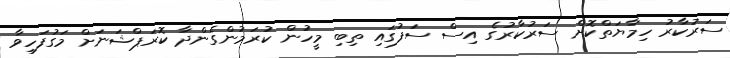
ސަރުކާރު ހިމާޔަތްކޮށް ސަރުކާރުގެ އިސް ސަފުގައި ތިބި މީހުން ކުރަމުންގެންދާ ކޮރަޕްޝަނަށް މަގުފަހިވާ